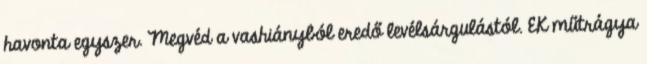
havonta egyszer. Megvéd a vashiányból eredő levélsárgulástól. EK műtrágya